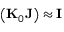
\left( { \bf K } _ { 0 } { \bf J } \right) \approx { \bf I }